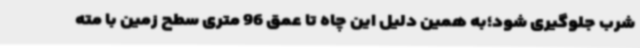
شرب جلوگیری شود؛به همین دلیل این چاه تا عمق 96 متری سطح زمین با مته